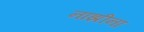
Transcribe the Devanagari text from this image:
नाझीना